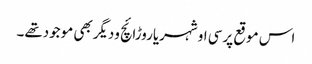
اس موقع پرسی او شہریاروڑائچ ودیگربھی موجودتھے۔